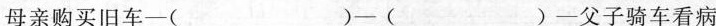
母亲购买旧车—( )—( )—父子骑车看病